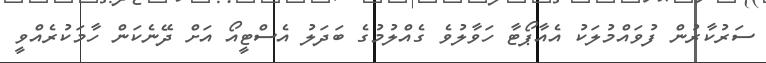
ސަރުކާރުން ފުވައްމުލަކު އެއާޕޯޓާ ހަވާލުވެ ގެއްލުމުގެ ބަދަލު އެސްޓީއޯ އަށް ދޭނެކަން ހާމަކުރެއްވީ